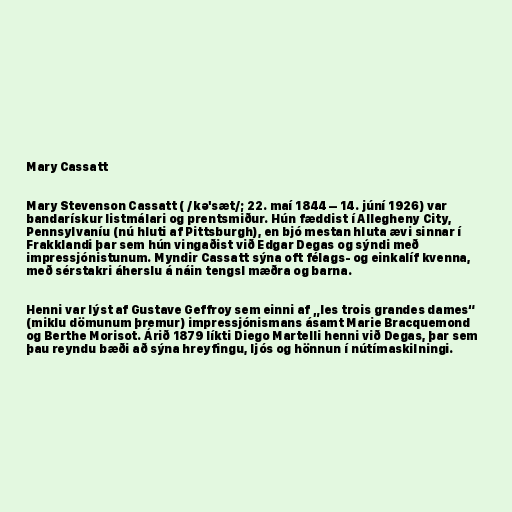
Mary Cassatt

Mary Stevenson Cassatt ( /kə'sæt/; 22. maí 1844 – 14. júní 1926) var
bandarískur listmálari og prentsmiður. Hún fæddist í Allegheny City,
Pennsylvaníu (nú hluti af Pittsburgh), en bjó mestan hluta ævi sinnar í
Frakklandi þar sem hún vingaðist við Edgar Degas og sýndi með
impressjónistunum. Myndir Cassatt sýna oft félags- og einkalíf kvenna,
með sérstakri áherslu á náin tengsl mæðra og barna.

Henni var lýst af Gustave Geffroy sem einni af „les trois grandes dames“
(miklu dömunum þremur) impressjónismans ásamt Marie Bracquemond
og Berthe Morisot. Árið 1879 líkti Diego Martelli henni við Degas, þar sem
þau reyndu bæði að sýna hreyfingu, ljós og hönnun í nútímaskilningi.